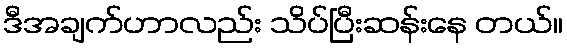
ဒီအချက်ဟာလည်း သိပ်ပြီးဆန်းနေ တယ်။